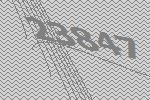
23847